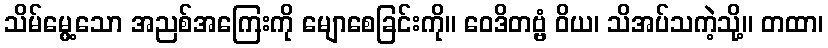
သိမ်မွေ့သော အညစ်အကြေးကို မျောစေခြင်းကို။ ဝေဒိတဗ္ဗံ ဝိယ၊ သိအပ်သကဲ့သို့။ တထာ၊